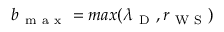
b _ { \mathrm { ~ m ~ a ~ x ~ } } = m a x ( \lambda _ { \mathrm { ~ D ~ } } , r _ { \mathrm { ~ W ~ S ~ } } )